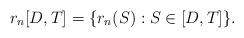
LaTeX: \begin{align*}r_n[D,T]=\{r_n(S):S\in [D,T]\}.\end{align*}